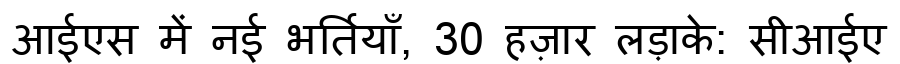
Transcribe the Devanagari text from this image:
आईएस में नई भर्तियाँ, 30 हज़ार लड़ाके: सीआईए